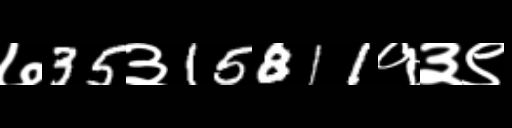
Text: ७35३15811१३९